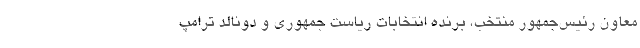
معاون رئیس‌جمهور منتخب، برنده انتخابات ریاست جمهوری و دونالد ترامپ